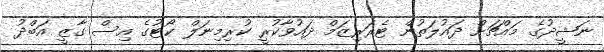
ނަޝީދުގެ މައްޗަށް ދައުލަތުން ޓެރަރިޒަމް ދައުވާކުރީީ ކުރިމިނަލް ކޯޓުގެ އިސް ގާޒީ އަބްދު